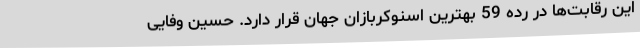
این رقابت‌ها در رده 59 بهترین اسنوکربازان جهان قرار دارد. حسین وفایی